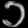
Digit: ၁